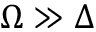
\Omega \gg \Delta